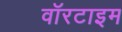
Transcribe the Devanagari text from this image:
वॉरटाइम